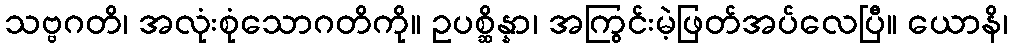
သဗ္ဗဂတိ၊ အလုံးစုံသောဂတိကို။ ဥပစ္ဆိန္နာ၊ အကြွင်းမဲ့ဖြတ်အပ်လေပြီ။ ယောနိ၊